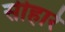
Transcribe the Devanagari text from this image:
सीहारे